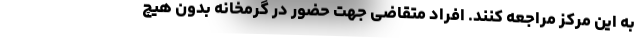
به این مرکز مراجعه کنند. افراد متقاضی جهت حضور در گرمخانه بدون هیچ